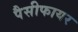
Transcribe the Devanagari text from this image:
पैसीफायर